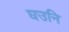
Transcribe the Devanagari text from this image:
घउनि